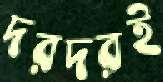
দরদরই